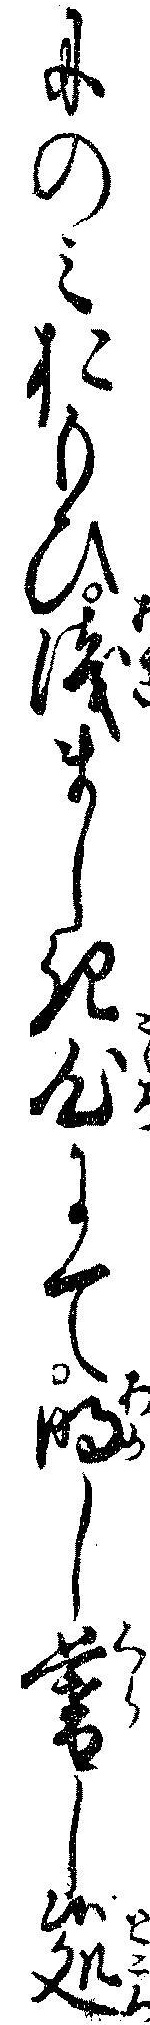
にのミおもひ浅ましき心にて明し暮し候処